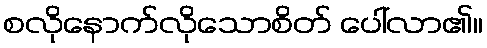
စလိုနောက်လိုသောစိတ် ပေါ်လာ၏။